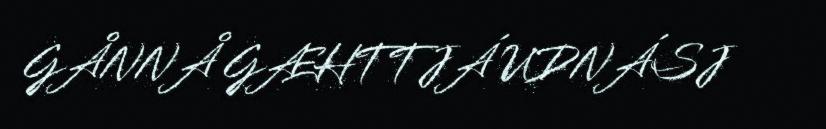
GÅNNÅ GÆHTTJÁ UDNÁSJ